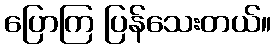
ပြောကြ ပြန်သေးတယ်။